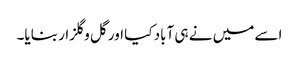
اسے میں نے ہی آباد کیا اور گل و گلزار بنایا۔